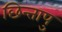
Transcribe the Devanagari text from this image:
छिन्तापु